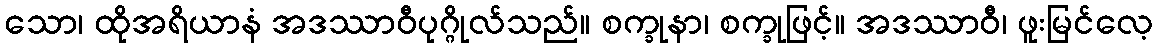
သော၊ ထိုအရိယာနံ အဒဿာဝီပုဂ္ဂိုလ်သည်။ စက္ခုနာ၊ စက္ခုဖြင့်။ အဒဿာဝီ၊ ဖူးမြင်လေ့